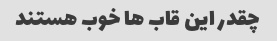
چقدر این قاب ها خوب هستند